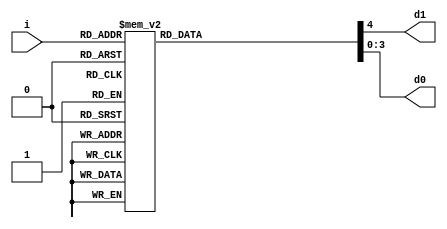
module bin2bcd(

input	wire	[3:0]	i,
output	reg				d1,
output	reg		[3:0]	d0 // if we use the 'assign', we should use not reg, but wire.
//Continuous block -> wire 
//Procedural block -> reg
// Error of Continuous is higher than Procedural

);

always @*
	case(i)  // why don't use 'begin & end'.
			 // It is the only one block.
		4'd0  : {d1, d0} = {1'd0, 4'd0};
		4'd1  : {d1, d0} = {1'd0, 4'd1};
		4'd2  : {d1, d0} = {1'd0, 4'd2};
		4'd3  : {d1, d0} = {1'd0, 4'd3};
		4'd4  : {d1, d0} = {1'd0, 4'd4};
		4'd5  : {d1, d0} = {1'd0, 4'd5};
		4'd6  : {d1, d0} = {1'd0, 4'd6};
		4'd7  : {d1, d0} = {1'd0, 4'd7};
		4'd8  : {d1, d0} = {1'd0, 4'd8};
		4'd9  : {d1, d0} = {1'd0, 4'd9};
		4'd10 : {d1, d0} = {1'd1, 4'd0};
		4'd11 : {d1, d0} = {1'd1, 4'd1};
		4'd12 : {d1, d0} = {1'd1, 4'd2};
		4'd13 : {d1, d0} = {1'd1, 4'd3};
		4'd14 : {d1, d0} = {1'd1, 4'd4};
		4'd15 : {d1, d0} = {1'd1, 4'd5};
	endcase

	endmodule

module tb;

	reg		[3:0]	i; // External Random Input
	wire	[0:0]	d1;
	wire	[3:0]	d0;

bin2bcd		u0(.i(i), .d1(d1), .d0(d0));

initial	begin

	i	=	4'd9;
	#10
	i	=	4'd10;
	#10
	i	=	4'd7;

end

initial begin

	$dumpfile("bin2bcd.vcd");
	$dumpvars;
	#100
	$finish;

end

endmodule